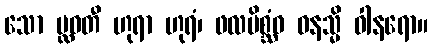
သော ပ္လဝတီ ဟုရာ ဟုရံ၊ ဖလမိစ္ဆံဝ ဝနသ္မိ ဝါနရော။